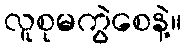
လူစုမကွဲစေနဲ့။